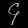
Digit: ၄